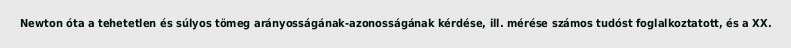
Newton óta a tehetetlen és súlyos tömeg arányosságának-azonosságának kérdése, ill. mérése számos tudóst foglalkoztatott, és a XX.